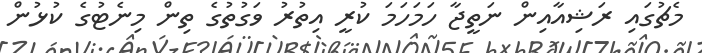
މެޗުގައި ރަޝިއާއިން ނަތީޖާ ހަމަހަމަ ކުރީ އިތުރު ވަގުތުގެ ތިން މިނެޓުގެ ކުޅުން